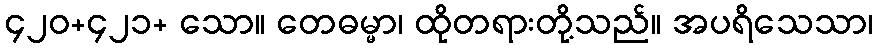
၄၂၀+၄၂၁+ သော။ တေဓမ္မာ၊ ထိုတရားတို့သည်။ အပရိသေသာ၊